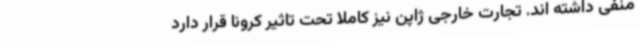
منفی داشته اند. تجارت خارجی ژاپن نیز کاملا تحت تاثیر کرونا قرار دارد